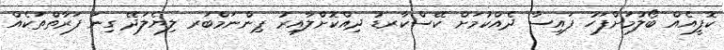
ކޮފީއެއް ބޯލުމަށްފަހު ފައިސާ ދެއްކުމަށް ކޭސްކާރޑު ދިއްކޮށްލާއިރު ޕިންނަމްބަރ ލިޔެލަދޭ ގިނަ ފަރާތްތަކެއް